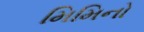
મિમિનો